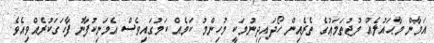
އަމާން މާޙައުލެއް މުޖުތަމަޢުގެ ތެރެއިން ހޯދައިދިނުމަކީ މުހިންމު ކަމެއް ކަމުގައިވެސް އެމަނިކުފާނު ފާހަގަކުރެއްވިއެވެ.